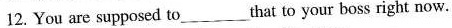
.12. You are supposed to ___ that to your boss right now.